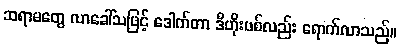
ဆရာမတွေ လာခေါ်သဖြင့် ဒေါက်တာ ဒီဟိုးဗစ်လည်း ရောက်လာသည်။